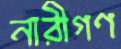
নারীগণ